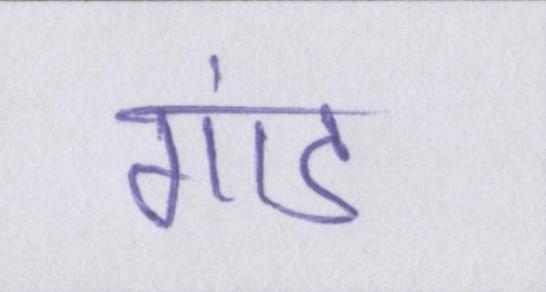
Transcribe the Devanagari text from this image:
गांड